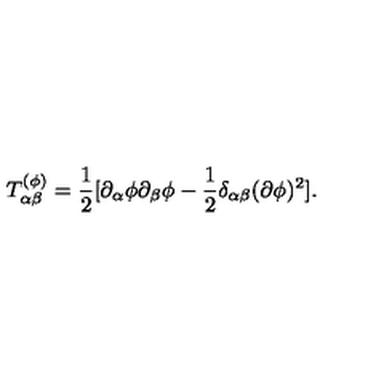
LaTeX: T _ { \alpha \beta } ^ { ( \phi ) } = { \frac { 1 } { 2 } } [ \partial _ { \alpha } \phi \partial _ { \beta } \phi - { \frac { 1 } { 2 } } \delta _ { \alpha \beta } ( \partial \phi ) ^ { 2 } ] .